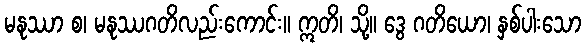
မနုဿာ စ၊ မနုဿဂတိလည်းကောင်း။ ဣတိ၊ သို့။ ဒွေ ဂတိယော၊ နှစ်ပါးသော